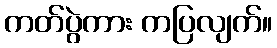
ကတ်ပွဲကား ကပြလျက်။